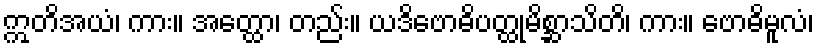
ဣတိအယံ၊ ကား။ အတ္ထော၊ တည်း။ ယဒိဗောဓိပတ္ထုမိစ္ဆာသိတိ၊ ကား။ ဗောဓိမူလံ၊